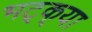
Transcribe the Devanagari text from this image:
भट्‌क्‌या